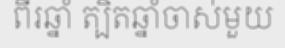
ពីរឆ្នាំ ត្បិតឆ្នាំចាស់មួយ